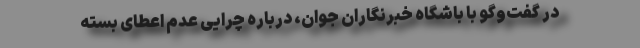
در گفت‌وگو با باشگاه خبرنگاران جوان، درباره چرایی عدم اعطای بسته